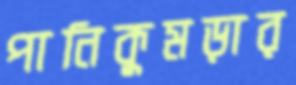
পানিকুমড়ার